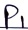
Text: P1